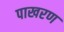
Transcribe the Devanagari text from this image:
पाखरण